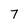
Character: 7